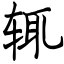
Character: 辄